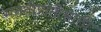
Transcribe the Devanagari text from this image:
संततीप्राप्तीसाठी